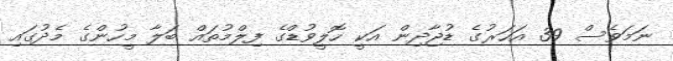
ނަމަވެސް 39 އަހަރުގެ ޑުޖާދިން އަކީ ހޮލީވުޑްގެ ފިލްމުތައް ބަލާ މީހުންގެ މެދުގައި